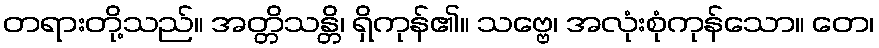
တရားတို့သည်။ အတ္တိသန္တိ၊ ရှိကုန်၏။ သဗ္ဗေ၊ အလုံးစုံကုန်သော။ တေ၊